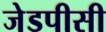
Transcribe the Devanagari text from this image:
जेडपीसी